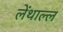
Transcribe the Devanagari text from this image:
लेंथाल्ल